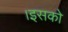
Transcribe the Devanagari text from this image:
।इसको